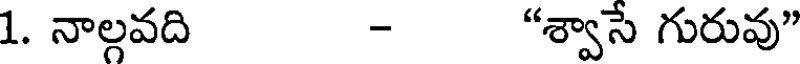
1. నాల్గవది - "శ్వాసే గురువు"